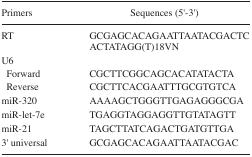
| Primers | Sequences (5′-3′) |
 | --- | --- |
 | RT | GCGAGCACAGAATTAATACGACTCACTATAGG(T)18VN |
 | <COLSPAN=2> U6 |
 | Forward | CGCTTCGGCAGCACATATACTA |
 | Reverse | CGCTTCACGAATTTGCGTGTCA |
 | miR-320 | AAAAGCTGGGTTGAGAGGGCGA |
 | miR-let-7e | TGAGGTAGGAGGTTGTATAGTT |
 | miR-21 | TAGCTTATCAGACTGATGTTGA |
 | 3′ universal | GCGAGCACAGAATTAATACGAC |